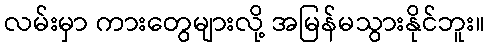
လမ်းမှာ ကားတွေများလို့ အမြန်မသွားနိုင်ဘူး။